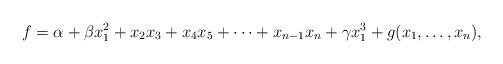
LaTeX: \begin{align*}f = \alpha + \beta x_1^2 + x_2 x_3 + x_4 x_5 + \cdots + x_{n-1} x_n + \gamma x_1^3 + g (x_1,\dots,x_n),\end{align*}